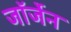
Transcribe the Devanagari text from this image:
जॉर्जेन